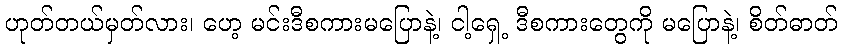
ဟုတ်တယ်မှတ်လား၊ ဟေ့ မင်းဒီစကားမပြောနဲ့၊ ငါ့ရှေ့ ဒီစကားတွေကို မပြောနဲ့၊ စိတ်ဓာတ်